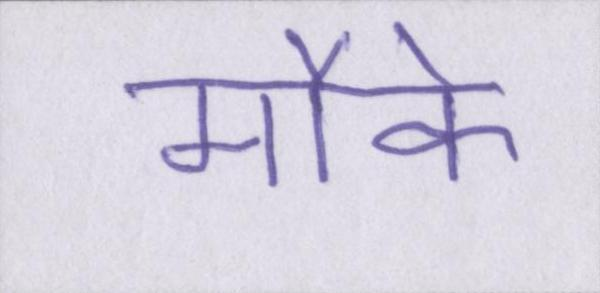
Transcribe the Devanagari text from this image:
मौके